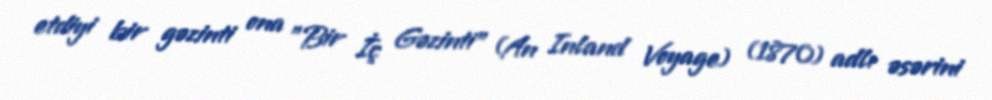
etdiyi bir gəzinti ona "Bir İç Gəzinti" (An Inland Voyage) (1870) adlı əsərini